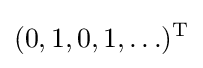
(0,1,0,1,\ldots )^{\text{T}}